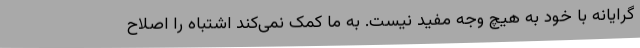
گرایانه با خود به هیچ وجه مفید نیست. به ما کمک نمی‌کند اشتباه را اصلاح